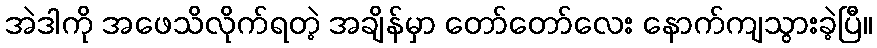
အဲဒါကို အဖေသိလိုက်ရတဲ့ အချိန်မှာ တော်တော်လေး နောက်ကျသွားခဲ့ပြီ။